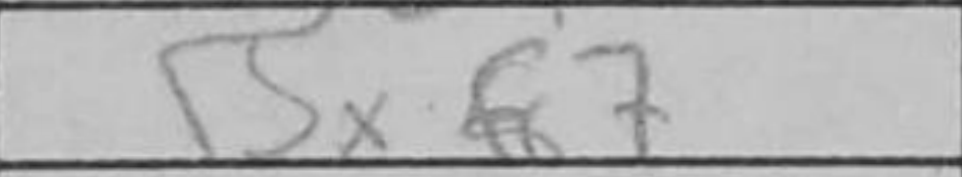
Transcription: Bxf7